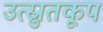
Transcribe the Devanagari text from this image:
उत्स्रुतकूप